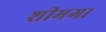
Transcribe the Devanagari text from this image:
शीमगा